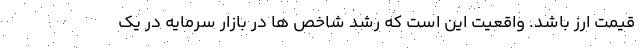
قیمت ارز باشد. واقعیت این است که رشد شاخص ها در بازار سرمایه در یک